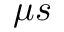
\mu s